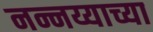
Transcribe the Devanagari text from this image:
नन्नय्याच्या